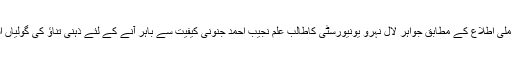
پولیس ذرائع سے ملی اطلاع کے مطابق جواہر لال نہرو یونیورسٹی کاطالب علم نجیب احمد جنونی کیفیت سے باہر آنے کے لئے ذہنی تناؤ کی گولیاں استعمال کرتا تھا ۔